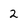
Character: 2